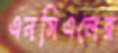
এনসিএলের